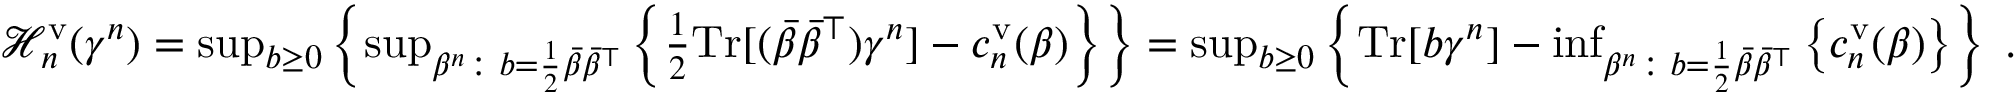
\begin{array} { r } { \mathcal { H } _ { n } ^ { \mathrm { v } } ( \gamma ^ { n } ) = \operatorname* { s u p } _ { b \geq 0 } \left\{ \operatorname* { s u p } _ { \beta ^ { n } \colon b = \frac 1 2 \bar { \beta } \bar { \beta } ^ { \top } } \left\{ \frac 1 2 \mathrm { T r } [ ( \bar { \beta } \bar { \beta } ^ { \top } ) \gamma ^ { n } ] - c _ { n } ^ { \mathrm { v } } ( \beta ) \right\} \right\} = \operatorname* { s u p } _ { b \geq 0 } \left\{ \mathrm { T r } [ b \gamma ^ { n } ] - \operatorname* { i n f } _ { \beta ^ { n } \colon b = \frac 1 2 \bar { \beta } \bar { \beta } ^ { \top } } \left\{ c _ { n } ^ { \mathrm { v } } ( \beta ) \right\} \right\} \; . } \end{array}